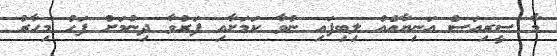
މާ ސީރިއަސް އަނިޔާއެއް ލިބިފައި ނުވާ ކަމަށާއި ފަރުވާ ދިނުމަށް ފަހު މިހާރު